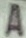
A